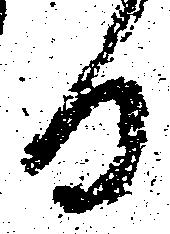
る